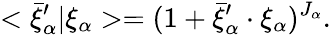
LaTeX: <\bar{\xi}_{\alpha}^{\prime}\vert\xi_{\alpha}>=(1+\bar{\xi}_{\alpha}^{\prime}\cdot\xi_{\alpha})^{J_{\alpha}}.